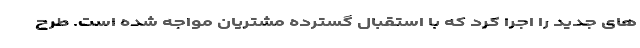
های جدید را اجرا کرد که با استقبال گسترده مشتریان مواجه شده است. طرح